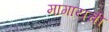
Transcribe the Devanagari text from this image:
मागायची